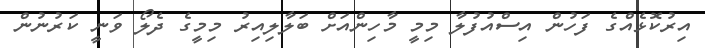
އިރުކޮޅެއްގެ ފަހުން އިސްއުފުލާ މިމީ މާހިންއަށް ބަލާލިއިރު މިމީގެ ދެލޯ ވަނީ ކަރުނުން